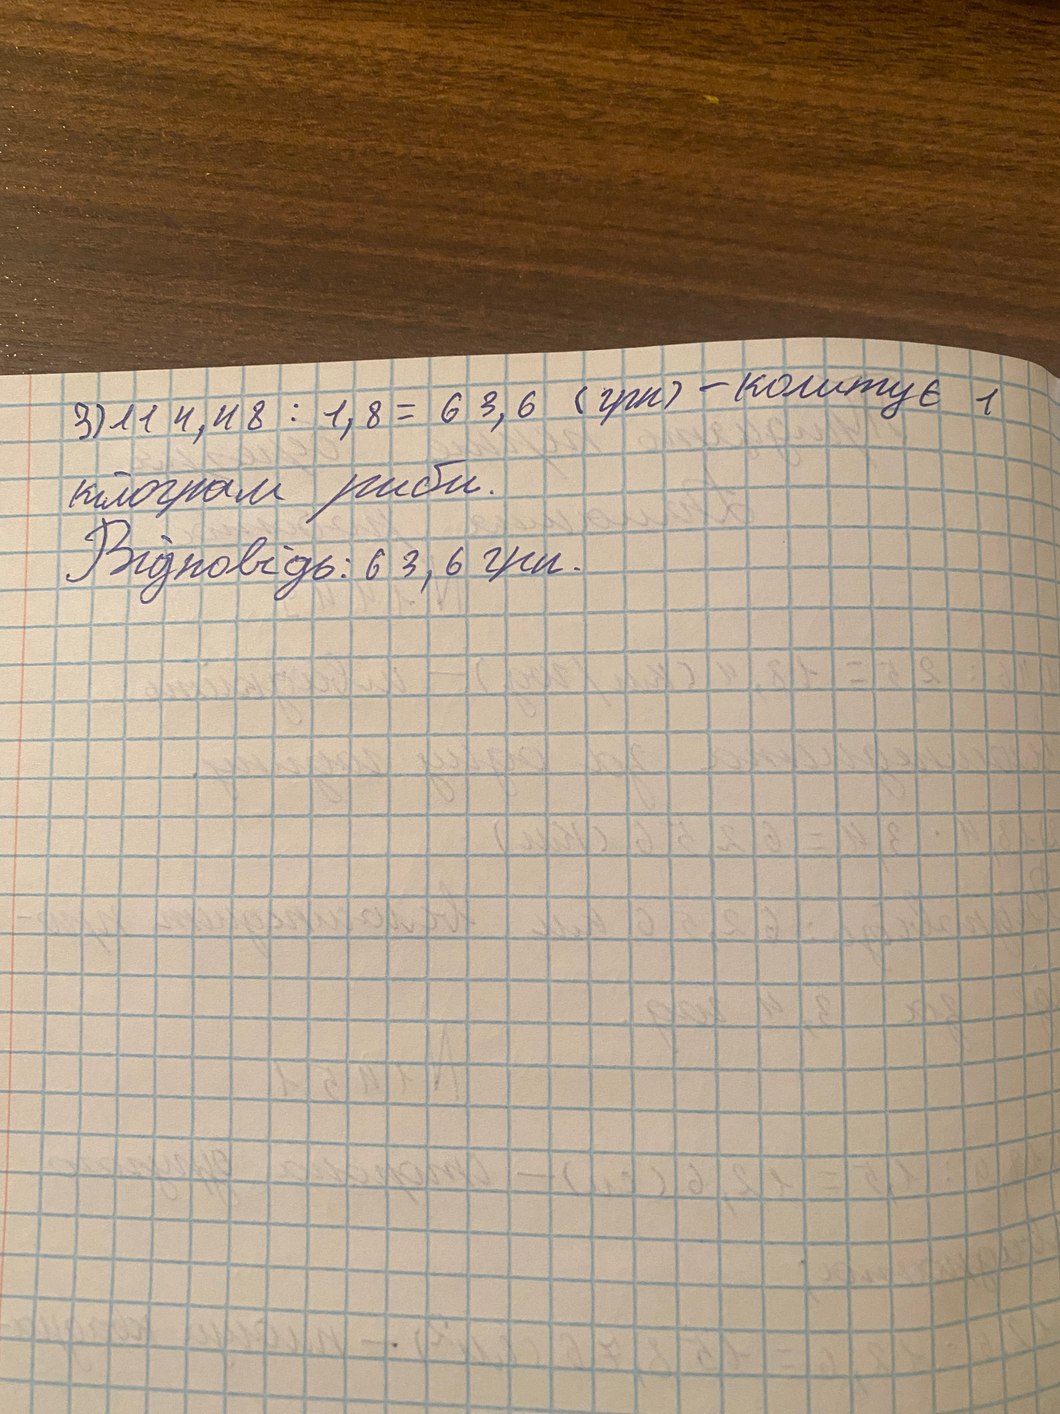
3) 114,48 : 1,8 = 63,6 (грн)
кілограм риби.
Відповідь: 63,6 грн.